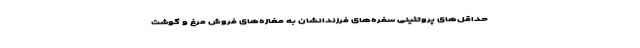
حداقل‌های پروتئینی سفره‌های فرزندانشان به مغازه‌های فروش مرغ و گوشت